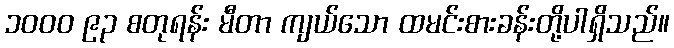
၁၀၀၀ ၉၃ စတုရန်း မီတာ ကျယ်သော ထမင်းစားခန်းတို့ပါရှိသည်။